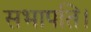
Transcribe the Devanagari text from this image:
सभापति।